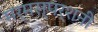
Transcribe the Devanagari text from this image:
मर्मस्पर्शनी